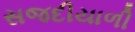
સજદીયાળી